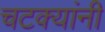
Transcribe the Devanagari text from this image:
चटक्‍यांनी